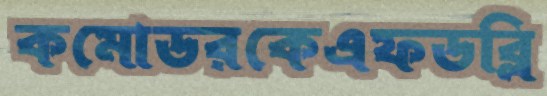
কমোডরকেএফডব্লি